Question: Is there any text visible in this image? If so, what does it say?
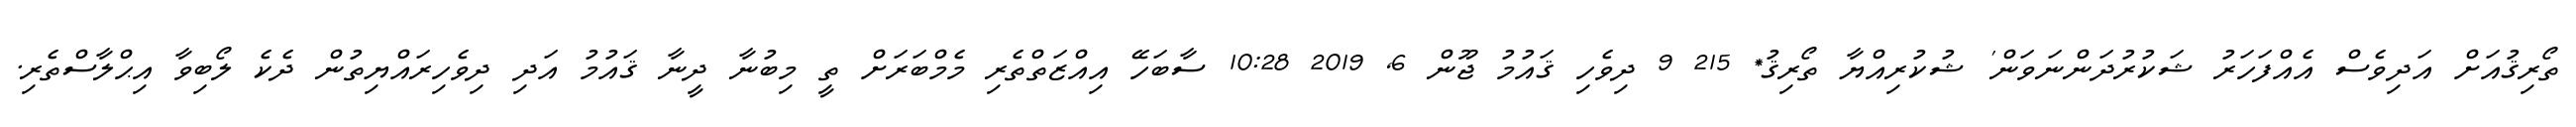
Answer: ތޯރިޤުއަށް އަދިވެސް އެއްފަހަރު ޝަކުރުދަންނަވަން' ޝުކުރިއްޔާ ތޯރިޤު* 215 9 ދިވެހި ޤައުމު ޖޫން 6, 2019 10:28 ސާބަހޭ އިއްޒަތްތެރި މެމްބަރަށް ތީ މިބުނާ ދީނާ ޤައުމު އަދި ދިވެހިރައްޔިތުން ދެކެ ލޯބިވާ އިޙްލާސްތެރި.